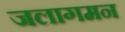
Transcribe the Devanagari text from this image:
जलागमन